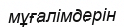
мұғалімдерін